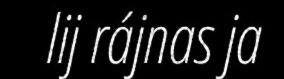
lij rájnas ja